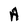
Character: A